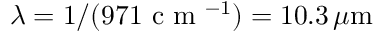
\lambda = 1 / ( 9 7 1 \mathrm { ~ c ~ m ~ } ^ { - 1 } ) = 1 0 . 3 \, \mu \mathrm { m }